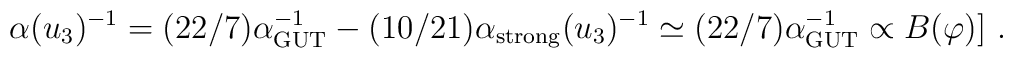
\alpha (u_3) ^{-1} = (22/7) \alpha_{\rm GUT}^{-1}   - (10/21) \alpha_{\rm strong} (u_3)^{-1}   \simeq (22/7) \alpha_{\rm GUT}^{-1} \propto B(\varphi) ]\ .